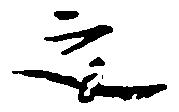
之